Report of the Indian Hemp Drugs Commission, 1894-1895 - Volume VII
Year: 1894
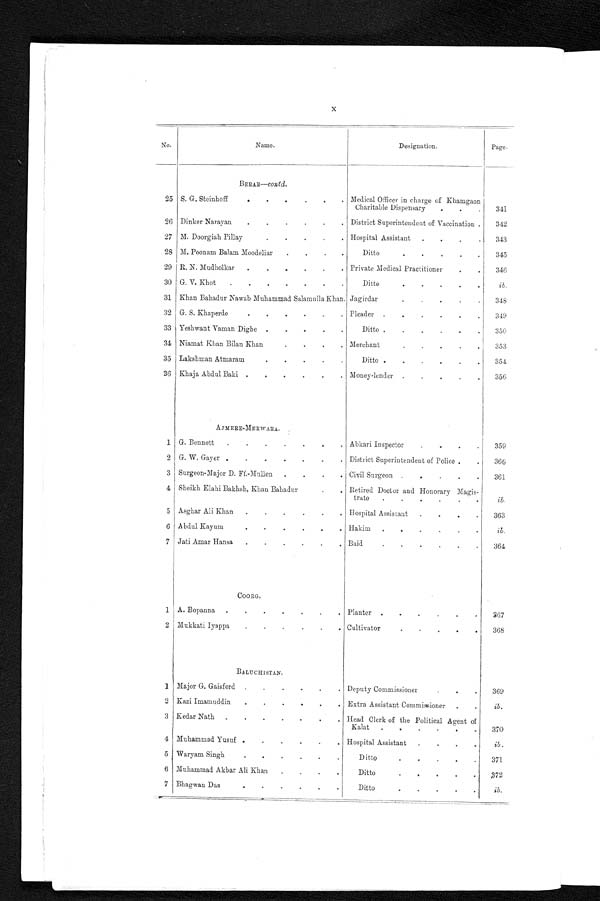
X
No.
Name.
Designation.
Page.
BERAR —contd.
25 S. G. Steinhoff
Medical Officer in charge of Khamgaon
Charitable Dispensary
341
26 Dinker Narayan
District Superintendent of Vaccination . . .
342
27 M. Doorgiah Pillay
Hospital Assistant
343
28 M. Poonam Balam Moodeliar
Ditto
345
29 R. N. Mudholkar Private Medical Practitioner
346
30 G. V. Khot
Ditto
ib.
31 Khan Bahadur Nawab Muhammad Salamulla Khan. . . Jagirdar
348
32 G. S. Khaperde
Pleader
349
33 Yeshwant Vaman Dighe
Ditto
350
34 Niamat Khan Bilan Khan
Merchant
353
35 Lakshman Atmaram
Ditto
354
36 Khaja Abdul Baki
Money-lender
356
A J M E R E - M E R W A R A .
1 G. Bennett
Abkari Inspector
359
2 G. W. Gayer
District Superintendent of Police . . .
3 6 0
3 Surgeon-Major D. Ff.-Mullen
Civil Surgeon
361
4 Sheikh Elahi Bakhsh, Khan Bahadur
Retired Doctor and Honorary Magis
-trate
< i > i b < / i > .
5 Asghar Ali Khan
Hospital Assistant
363
6 Abdul Kayum
Hakim
< i > i b < / i > .
7 Jati Amar Hansa
Baid
364
C O O R G .
1 A. Bopanna Planter
367
2 Mukkati Iyappa Cultivator
368
BALUCHISTAN.
1
Major G. Gaisford
Deputy Commissioner
.
.
.
369
2 Kazi Imamuddin
Extra Assistant Commissioner
< i > i b < / i > .
3 Kedar Nath
Head Clerk of the Political Agent of
Kalat
370
4 Muhammad Yusuf
Hospital Assistant
< i > i b < / i > .
5 Waryam Singh
Ditto
371
6 Muhammad Akbar Ali Khan
Ditto
372
7 Bhagwan Das
Ditto
< i > i b < / i > .